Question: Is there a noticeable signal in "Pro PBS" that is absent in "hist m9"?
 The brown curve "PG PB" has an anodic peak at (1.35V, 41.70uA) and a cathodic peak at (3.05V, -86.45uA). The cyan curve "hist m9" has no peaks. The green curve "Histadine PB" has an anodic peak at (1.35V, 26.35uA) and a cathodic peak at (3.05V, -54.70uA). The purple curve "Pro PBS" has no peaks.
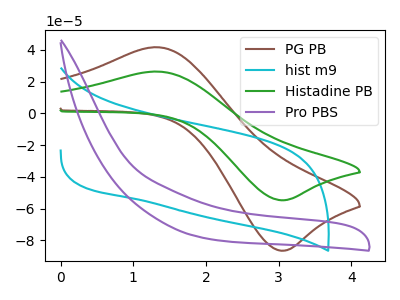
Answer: <think>Neither "Pro PBS" or "hist m9" have any peaks.
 </think>
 <answer>No, "Pro PBS" and "hist m9" don't appear to be significantly different in shape</answer>
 <eval>no_change</eval>